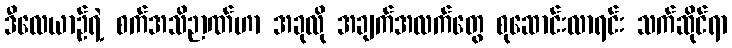
ဒီလေယာဉ်ရဲ့ စက်အသိဉာဏ်ဟာ အခုလို အချက်အလက်တွေ စုဆောင်းလာရင်း သက်ဆိုင်ရာ